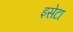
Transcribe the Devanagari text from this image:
इसेटा